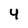
Character: 4